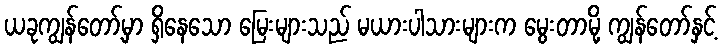
ယခုကျွန်တော့်မှာ ရှိနေသော မြေးများသည် မယားပါသားများက မွေးတာမို့ ကျွန်တော်နှင့်